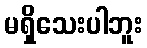
မရှိသေးပါဘူး